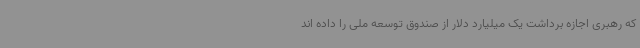
که رهبری اجازه برداشت یک میلیارد دلار از صندوق توسعه ملی را داده اند